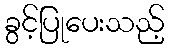
ခွင့်ပြုပေးသည့်